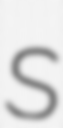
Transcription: S